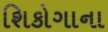
શિકોગાના